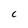
Character: C